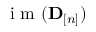
\mathrm { ~ i ~ m ~ } ( \mathbf D _ { [ n ] } )